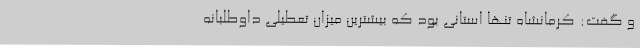
و گفت: کرمانشاه تنها استانی بود که بیشترین میزان تعطیلی داوطلبانه